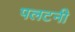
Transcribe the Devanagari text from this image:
पलटनी